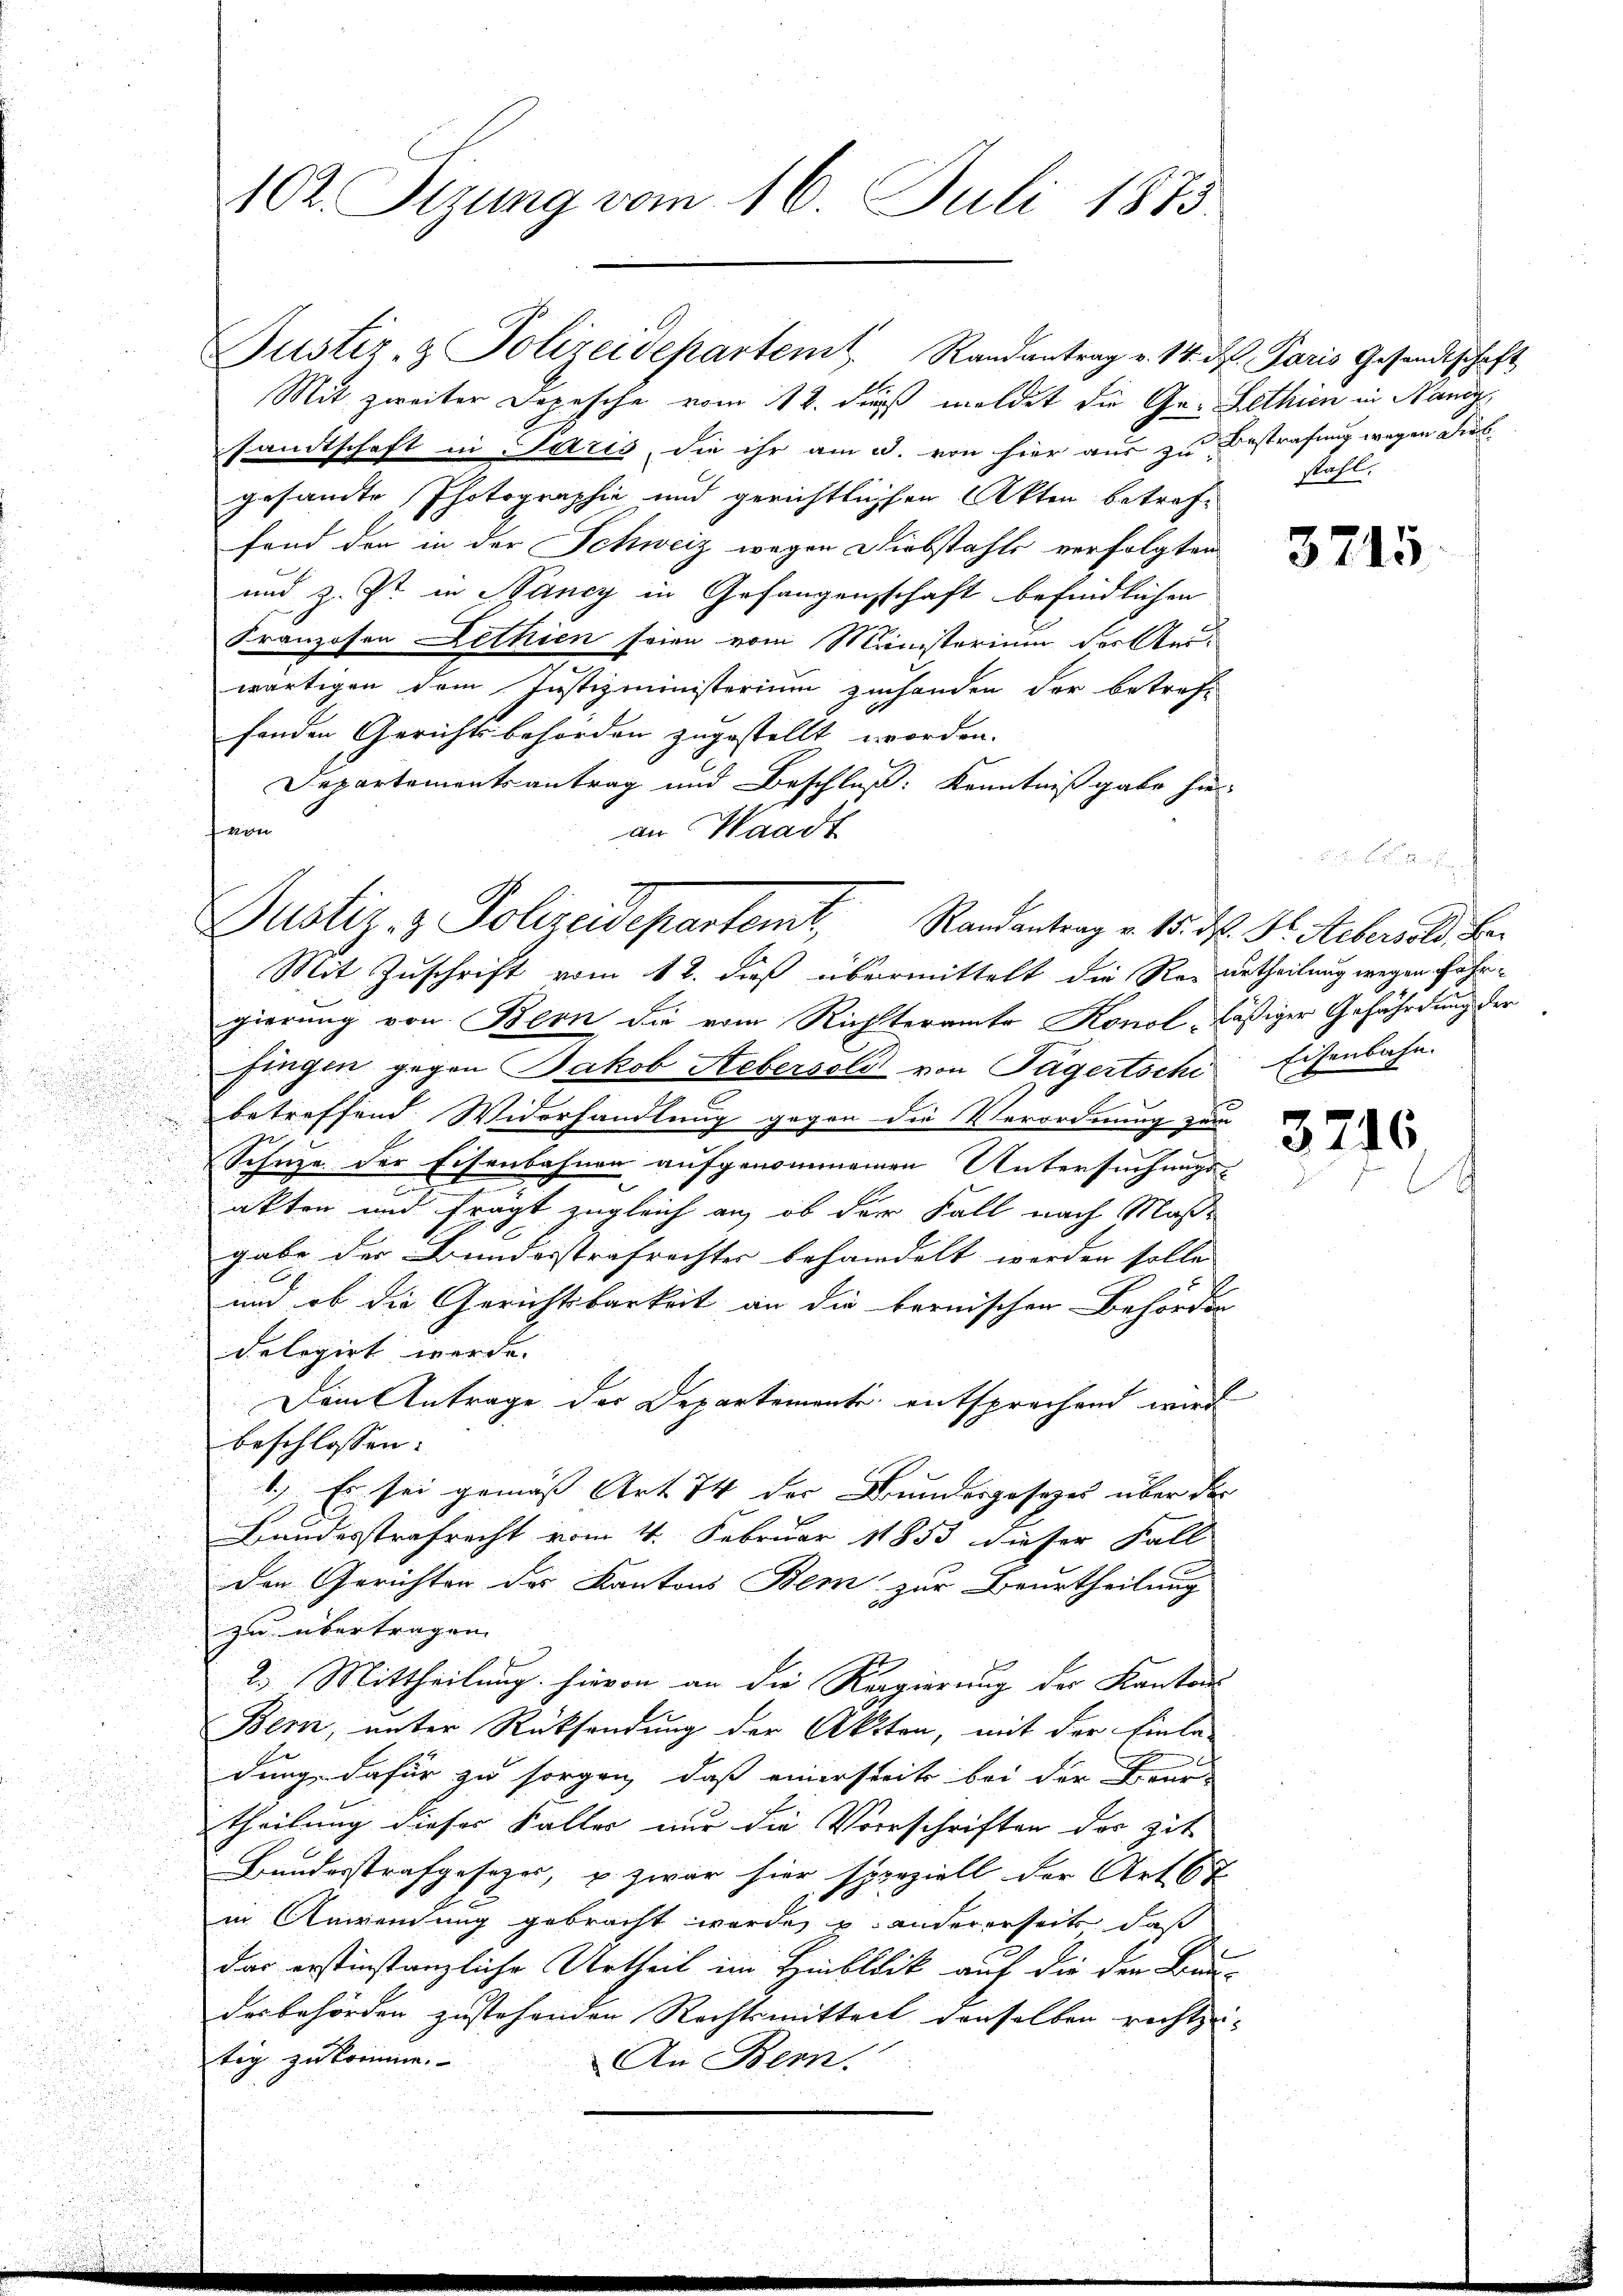
.

102. Sizung vom 16. Juli 1873.

te.
Mit zweiter Depesche vom 12. dieß meldet die Ge- Lethien in Nancy,
sandtschaft in Paris, die ihr am 3. von hier aus zu Bestrafung wegen Diebgesandte Photographie und gerichtlichen Akten betroffand den in der Schweiz wegen Diebstahls verfolgten
und z. Zt. in Nancy in Gefangenschaft befindlichen
Franzosen Lethien seien vom Ministerium der Reiwärtigen dem Justizministerium zuhanden der betref-
fenden Gerichtsbehörden zugestellt worden.
Departementsantrag und Beschluß: Kenntnißgabe hier
fa
an Waadt

Justiz- & Polizeidepartemt Randantrag v. 14. d. Paris Gesandtschaft

Justiz- & Polizeidepartemt, Randantrag u. 15. M. D. Reberich Be

stahl.

Mit Zuschrift vom 12. dieß übermittelt die Resurtheilung wegen Fahrgierung von Bern die vom Richteramte Konol, lästiger Gefährdung der
fingen gegen Jakob Steberseld von Tägertsche Eisenbahn.
betreffend Widerhandlung gegen die Verordnung zum
7
Schuze der Eisenbahnen aufgenommenen Untersuchungs¬
u
akten und frägt zugleich an, ob der Fall nach Maße
gabe der Bunderstrafrechter behandelt werden solle
u
und ob die Gerichtsbarkeit an die bernischen Behörder-
delegirt werde. |
Dem Antrage der Departemente entsprochend wird
beschlossen:
1.) Es sei gemäß Art 74 der Bundergesezes über der
Bundesstrafrecht vom 4. Februar 18853 dieser Fall
den Gerichten der Kantons Bern zur Beurtheilung
zu übertragen.
s
2.) Mittheilung hievon an die Regierung der Kantons
d
Bern, unter Rücksendung der Akten, mit der Einla-
dung dafür zu sorgen, daß einerseits bei der Beur-
.
theilung dieser Faller nur die Vorschriften der Zit
Bundesstrafgesezes, u. zwar hier speziell der Art. 67
in Anwendung gebracht worden u. andererseits, daß
das erstinstanzliche Urtheil im Hinblick auf die den Bau-
desbehörden zustehenden Rechtsmitteil denselben rechtzitig zu komme.
An Bern.

3715

s

3716